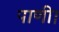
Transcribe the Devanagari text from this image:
पाणी।